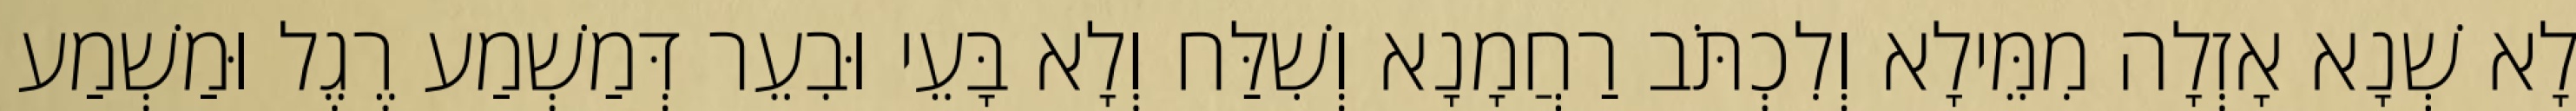
לָא שְׁנָא אָזְלָה מִמֵּילָא וְלִכְתֹּב רַחֲמָנָא וְשִׁלַּח וְלָא בָּעֵי וּבִעֵר דְּמַשְׁמַע רֶגֶל וּמַשְׁמַע